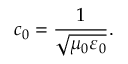
c _ { 0 } = { \frac { 1 } { \sqrt { \mu _ { 0 } \varepsilon _ { 0 } } } } .